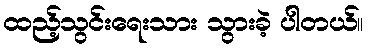
ထည့်သွင်းရေးသား သွားခဲ့ ပါတယ်။